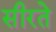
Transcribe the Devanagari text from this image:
सीरते